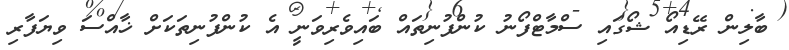
ބާލިން ރޭޑިއޯ ޝޯގައި ސްމާޓްފޯނު ކުންފުނިތައް ބައިވެރިވަނީ އެ ކުންފުނިތަކަށް ޚާއްސަ ވިޔަފާރި